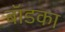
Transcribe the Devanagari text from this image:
बॉडका